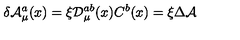
\delta { \cal A } _ { \mu } ^ { a } ( x ) = \xi { \cal D } _ { \mu } ^ { a b } ( x ) C ^ { b } ( x ) = \xi \Delta { \cal A }